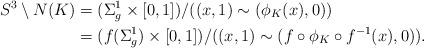
LaTeX: \begin{align*}S^3 \setminus N(K) &= (\Sigma_g^1 \times [0,1])/ ((x, 1) \sim (\phi_K(x), 0)) \\&= (f(\Sigma_g^1) \times [0,1])/ ((x, 1) \sim (f\circ\phi_K\circ f^{-1}(x), 0)).\end{align*}